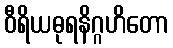
ဝီရိယဓုရနိဂ္ဂဟိတော